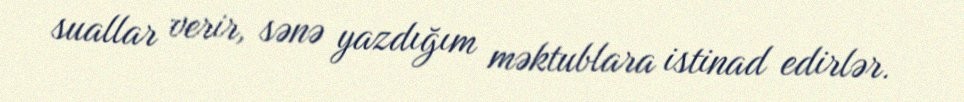
suallar verir, sənə yazdığım məktublara istinad edirlər.